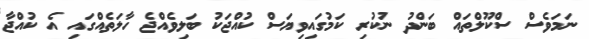
ނަމަވެސް ސްކޫލްތައް ބަންދު ނުކުރި ކަމުގައިވިޔަސް ކުއްޖަކު ބަލިވެއްޖެ ހާލަތެއްގައި އެ ކުއްޖާ